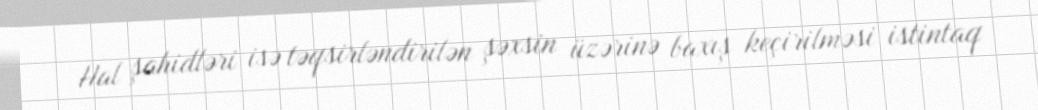
Hal şahidləri isə təqsirləndirilən şəxsin üzərinə baxış keçirilməsi istintaq